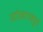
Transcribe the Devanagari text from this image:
योगच्मुतं